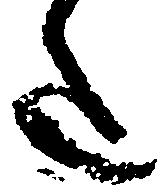
た